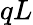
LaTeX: qL